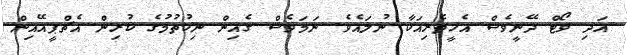
އަދި ވޯޓް ދޭނީވެސް އެހީތެރިއަކާ ނުލައެވެ. ނަމަވެސް ގެއިން ނިކުތުމުގެ ކުރިން އެޗްޕީއޭއިން